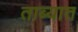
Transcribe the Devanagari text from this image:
ताब्‍यात